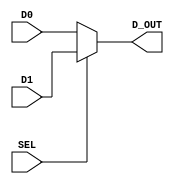
`timescale 1ns / 1ps
`default_nettype none
//////////////////////////////////////////////////////////////////////////////////
// Company: Ratner Surf Designs
// 
// Design Name: 
// Module Name: mux_2t1_nb
// Project Name: 
// Target Devices: 
// Tool Versions: 
// Description: 2:1 MUX with parametized data widths
//
//  USEAGE: (for 4-bit data instantiation)
//
//  mux_2t1_nb  #(.n(4)) my_2t1_mux  (
//       .SEL   (xxxx), 
//       .D0    (xxxx), 
//       .D1    (xxxx), 
//       .D_OUT (xxxx) );  
// 
// Dependencies: 
// 
// Revision History:
// Revision 1.00 - (10-23-2018) File Created: 
//          1.01 - (10-28-2018) fixed default width error 
//          1.02 - (10-29-2019) switched to default sensitivity list
//          1.03 - (11-24-2019) added macros
//          1.04 - (12-08-2020) fixed default parameter position
// Additional Comments:
// 
//////////////////////////////////////////////////////////////////////////////////

   
 module mux_2t1_nb  #(parameter n=8) (
       input wire SEL,
       input wire [n-1:0] D0, 
       input wire [n-1:0] D1, 
       output reg [n-1:0] D_OUT ) ;  

        
       always @ (*)
       begin 
          if      (SEL == 1'b0)  D_OUT = D0;
          else if (SEL == 1'b1)  D_OUT = D1; 
          else                   D_OUT = 0; 
       end
                
endmodule

`default_nettype wire